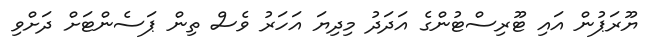
ޔޫރަޕުން އައި ޓޫރިސްޓުންގެ އަދަދު މިދިޔަ އަހަރު ވެސް ތިން ޕަސެންޓަށް ދަށްވި